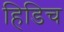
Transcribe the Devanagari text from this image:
हिडिच